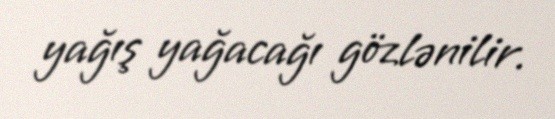
yağış yağacağı gözlənilir.